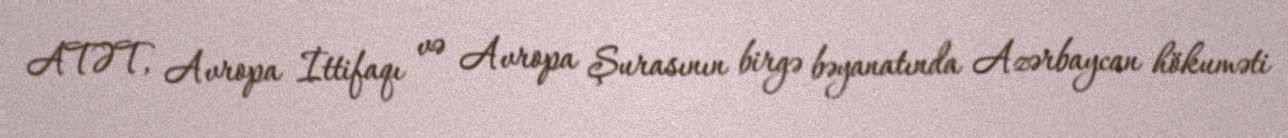
ATƏT, Avropa İttifaqı və Avropa Şurasının birgə bəyanatında Azərbaycan hökuməti